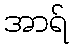
အာရ်